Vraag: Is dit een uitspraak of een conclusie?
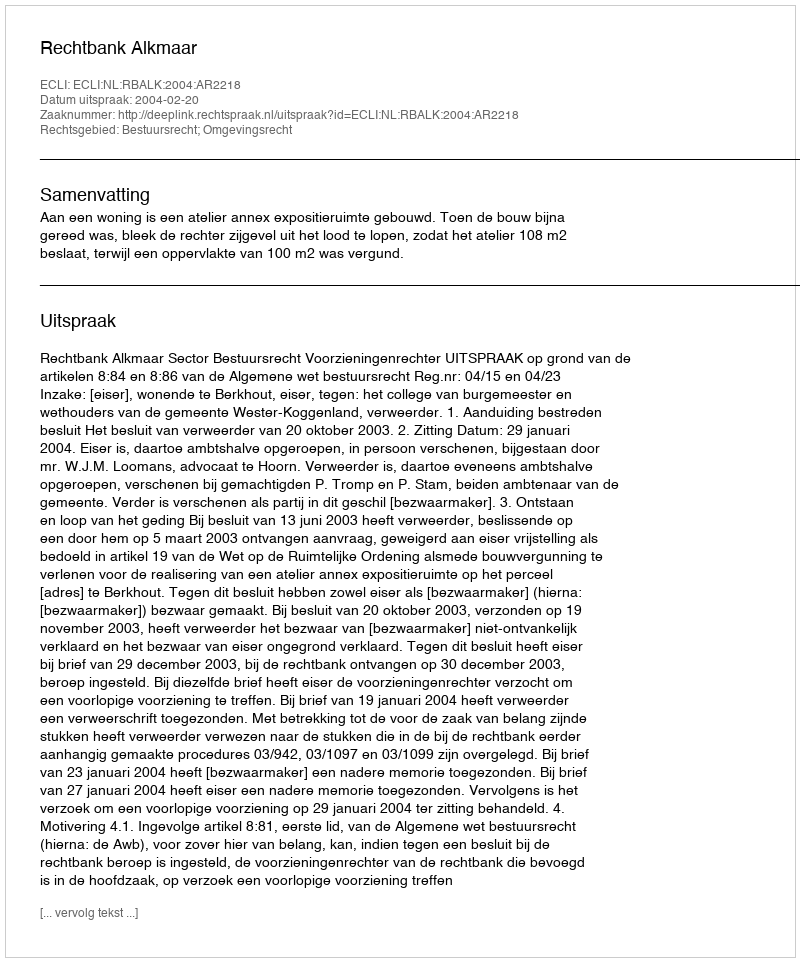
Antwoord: Uitspraak